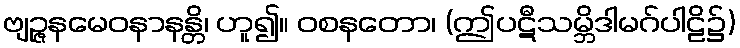
ဗျဉ္ဇနမေဝနာနန္တိ၊ ဟူ၍။ ဝစနတော၊ (ဤပဋီသမ္ဘိဒါမဂ်ပါဠိ၌)